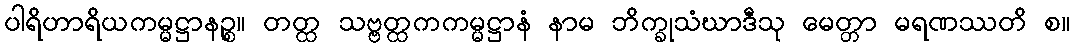
ပါရိဟာရိယကမ္မဋ္ဌာနဉ္စ။ တတ္ထ သဗ္ဗတ္ထကကမ္မဋ္ဌာနံ နာမ ဘိက္ခုသံဃာဒီသု မေတ္တာ မရဏဿတိ စ။